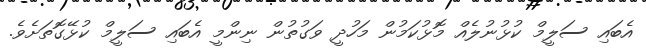
އެބައި ސަލީމް ކުޅުނުލެއް މޮޅުކަމުން މަހުދީ ވަގުތުން ނިންމީ އެބައި ސަލީމް ކުޅޭގޮތަށެވެ.